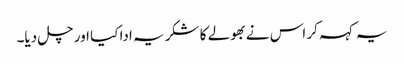
یہ کہہ کر اس نے بھولے کا شکریہ ادا کیا اور چل دیا۔